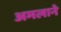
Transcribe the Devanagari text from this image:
अमलाने